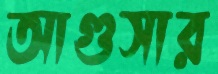
আগুসার